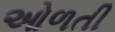
ઓળતી